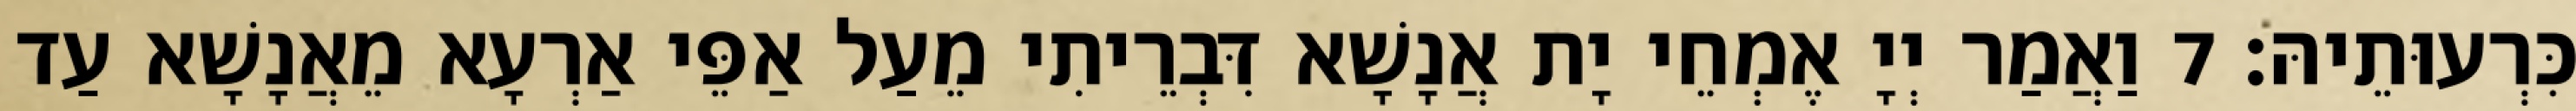
כִּרְעוּתֵיהּ׃ 7 וַאֲמַר יְיָ אֶמְחֵי יָת אֲנָשָׁא דִּבְרֵיתִי מֵעַל אַפֵּי אַרְעָא מֵאֲנָשָׁא עַד